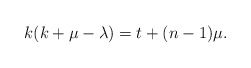
\begin{align*}k(k+\mu-\lambda)=t+(n-1)\mu. \end{align*}